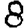
Digit: 8